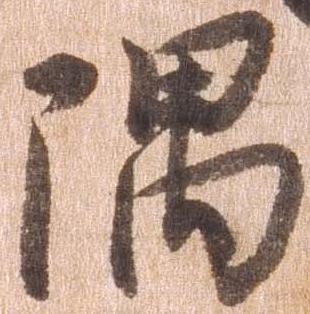
隅